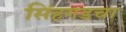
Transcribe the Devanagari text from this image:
सिंहगडचा